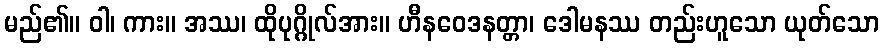
မည်၏။ ဝါ၊ ကား။ အဿ၊ ထိုပုဂ္ဂိုလ်အား။ ဟီနဝေဒနတ္တာ၊ ဒေါမနဿ တည်းဟူသော ယုတ်သော